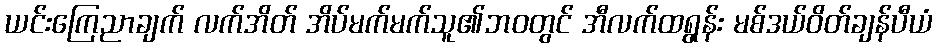
ယင်းကြေညာချက် လက်အိတ် အိပ်မက်မက်သူ၏ဘ၀တွင် အီလက်ထရွန်း မစ်ဒယ်ဝိတ်ချန်ပီယံ